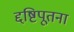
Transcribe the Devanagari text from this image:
द्दष्टिपूतना